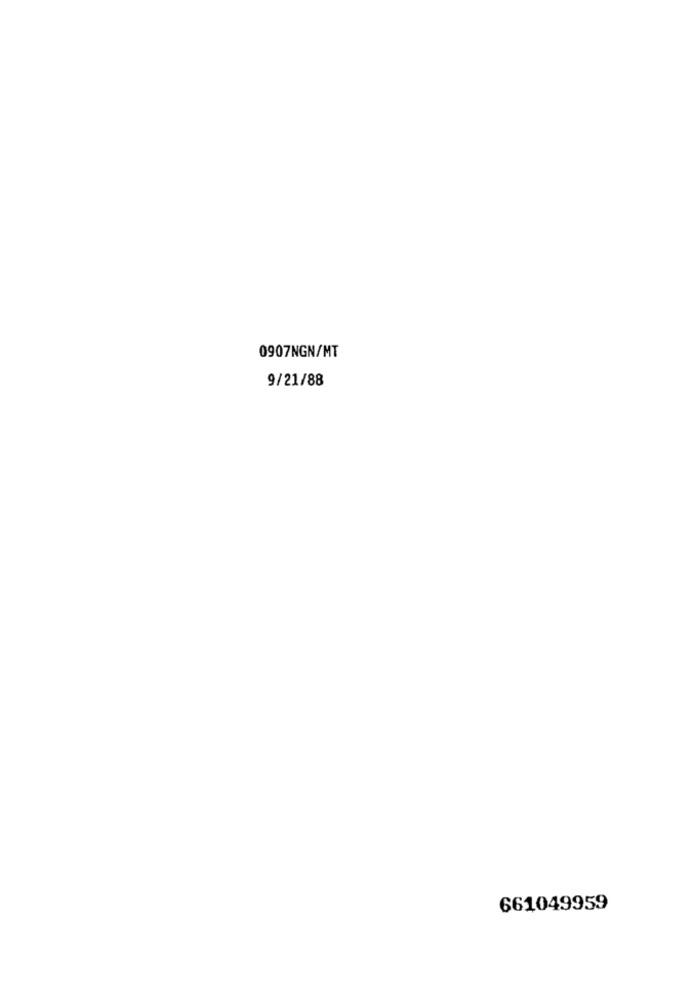
0907NGN/MT
9/21/88
661049959